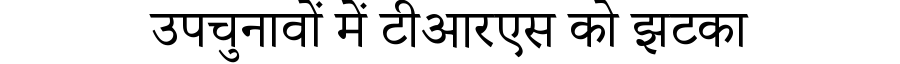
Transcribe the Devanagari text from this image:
उपचुनावों में टीआरएस को झटका